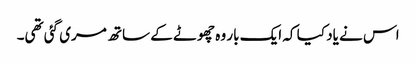
اس نے یاد کیا کہ ایک بار وہ چھوٹے کے ساتھ مری گئی تھی۔